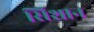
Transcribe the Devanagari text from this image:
सिशान